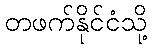
တဖက်နိုင်ငံသို့